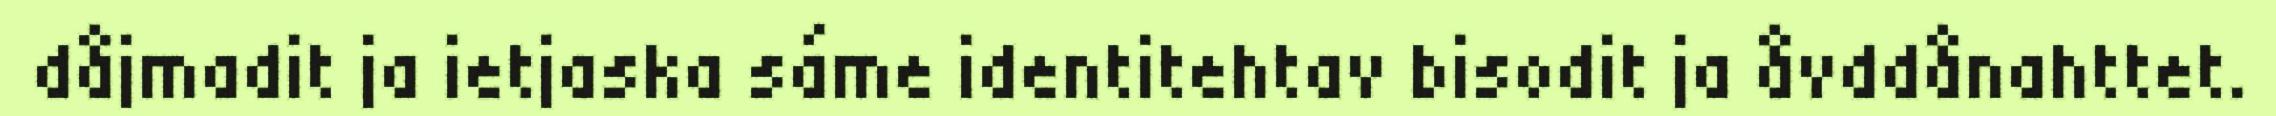
dåjmadit ja ietjaska sáme identitehtav bisodit ja åvddånahttet.